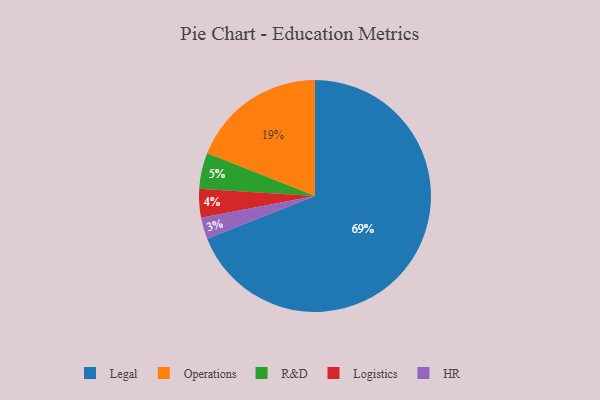
{"axis": {"x": "Category", "y": "Percentage"}, "legend": ["HR", "Legal", "Logistics", "Operations", "R&D"], "data": [{"x": "HR", "y": 3, "type": "HR"}, {"x": "Legal", "y": 69, "type": "Legal"}, {"x": "Operations", "y": 19, "type": "Operations"}, {"x": "Logistics", "y": 4, "type": "Logistics"}, {"x": "R&D", "y": 5, "type": "R&D"}]}